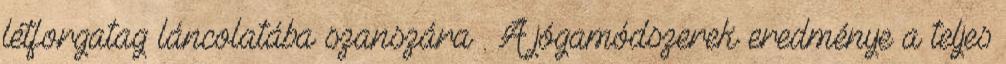
létforgatag láncolatába szanszára . A jógamódszerek eredménye a teljes